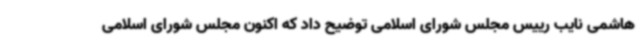
هاشمی نایب رییس مجلس شورای اسلامی توضیح داد که اکنون مجلس شورای اسلامی